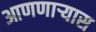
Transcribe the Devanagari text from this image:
आणणार्‍यास